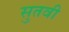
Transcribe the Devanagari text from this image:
सुतवी